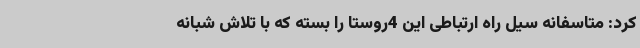
کرد: متاسفانه سیل راه ارتباطی این 4روستا را بسته که با تلاش شبانه